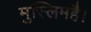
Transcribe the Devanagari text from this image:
मुस्लिमहै।